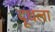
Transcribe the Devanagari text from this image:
दूधला